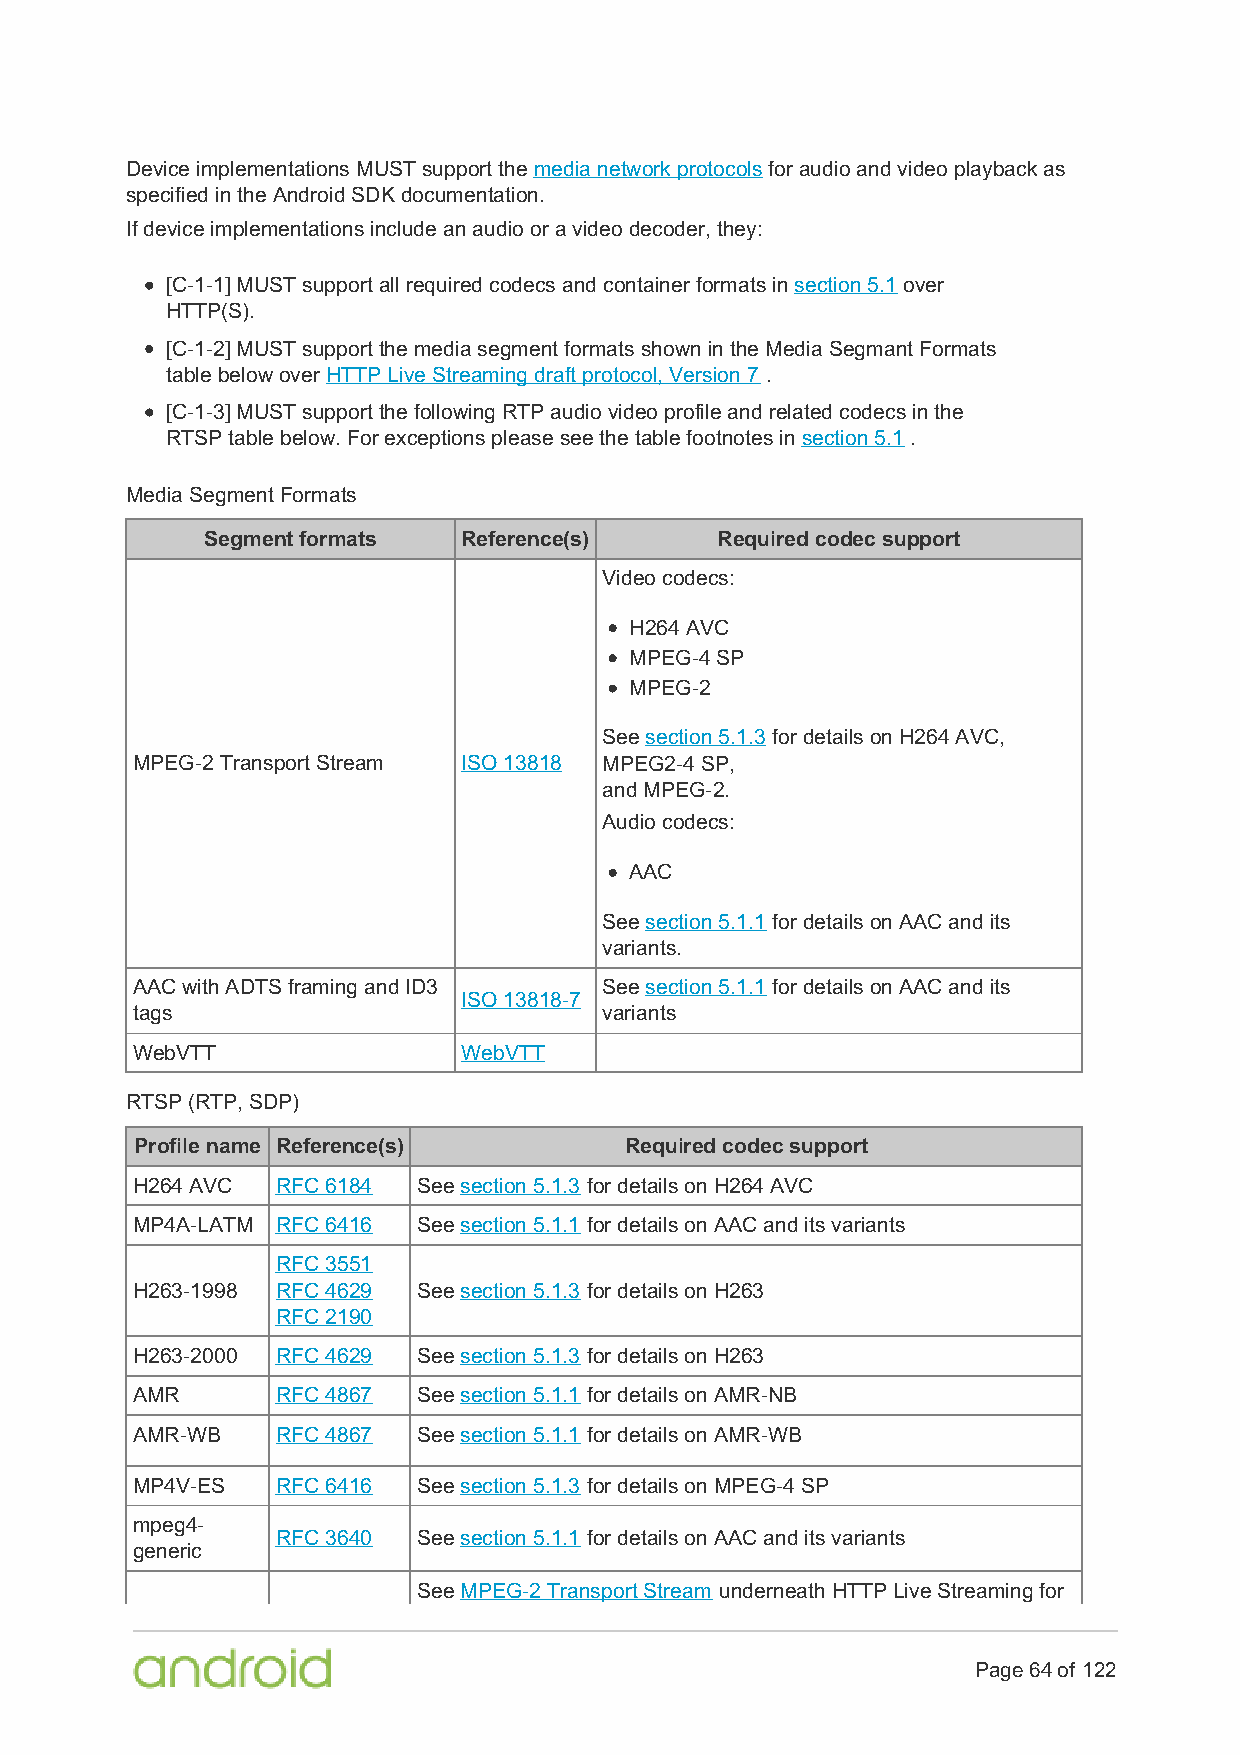
Device implementations MUST support the media network protocols for audio and video playback as
 specified in the Android SDK documentation.
 If device implementations include an audio or a video decoder, they:
 [C-1-1] MUST support all required codecs and container formats in section 5.1 over
 HTTP(S).
 [C-1-2] MUST support the media segment formats shown in the Media Segmant Formats
 table below over HTTP Live Streaming draft protocol, Version 7 .
 [C-1-3] MUST support the following RTP audio video profile and related codecs in the
 RTSP table below. For exceptions please see the table footnotes in section 5.1 .
 Media Segment Formats
 Segment formats  Reference(s)    Required codec support
 Video codecs:
 H264 AVC
 MPEG-4 SP
 MPEG-2
 See section 5.1.3 for details on H264 AVC,
 MPEG-2 Transport Stream ISO 13818 MPEG2-4 SP,
 and MPEG-2.
 Audio codecs:
 AAC
 See section 5.1.1 for details on AAC and its
 variants.
 AAC with ADTS framing and ID3  See section 5.1.1 for details on AAC and its
 ISO 13818-7
 tags                           variants
 WebVTT                WebVTT
 RTSP (RTP, SDP)
 Profile name Reference(s)       Required codec support
 H264 AVC RFC 6184  See section 5.1.3 for details on H264 AVC
 MP4A-LATM RFC 6416 See section 5.1.1 for details on AAC and its variants
 RFC 3551
 H263-1998 RFC 4629 See section 5.1.3 for details on H263
 RFC 2190
 H263-2000 RFC 4629 See section 5.1.3 for details on H263
 AMR      RFC 4867  See section 5.1.1 for details on AMR-NB
 AMR-WB   RFC 4867  See section 5.1.1 for details on AMR-WB
 MP4V-ES  RFC 6416  See section 5.1.3 for details on MPEG-4 SP
 mpeg4-
 RFC 3640  See section 5.1.1 for details on AAC and its variants
 generic
 See MPEG-2 Transport Stream underneath HTTP Live Streaming for
 Page 64 of 122